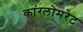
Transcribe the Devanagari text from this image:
कांग्लोमरेट